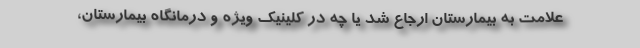
علامت به بیمارستان ارجاع شد یا چه در کلینیک ویژه و درمانگاه بیمارستان،